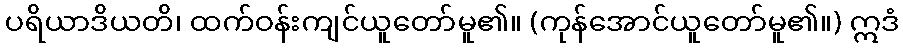
ပရိယာဒိယတိ၊ ထက်ဝန်းကျင်ယူတော်မူ၏။ (ကုန်အောင်ယူတော်မူ၏။) ဣဒံ